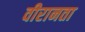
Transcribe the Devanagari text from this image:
वीरानता